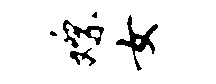
嫖女